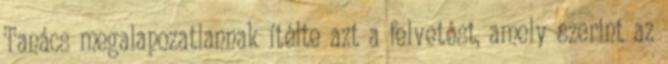
Tanács megalapozatlannak ítélte azt a felvetést, amely szerint az